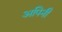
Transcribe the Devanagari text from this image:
अपिनी